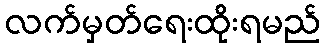
လက်မှတ်ရေးထိုးရမည်